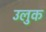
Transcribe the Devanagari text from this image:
उलुक